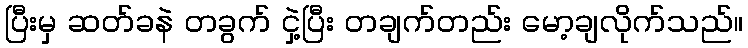
ပြီးမှ ဆတ်ခနဲ တခွက် ငှဲ့ပြီး တချက်တည်း မော့ချလိုက်သည်။